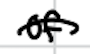
Text: of
Cross-out: mix
Writing tool: digital_black